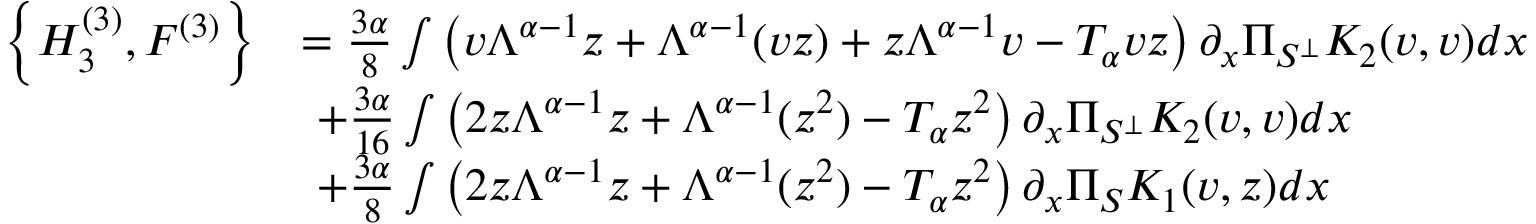
\begin{array} { r l } { \left\{ { H } _ { 3 } ^ { ( 3 ) } , F ^ { ( 3 ) } \right\} } & { = \frac { 3 \alpha } { 8 } \int \left( v \Lambda ^ { \alpha - 1 } z + \Lambda ^ { \alpha - 1 } ( v z ) + z \Lambda ^ { \alpha - 1 } v - T _ { \alpha } v z \right) \partial _ { x } \Pi _ { S ^ { \perp } } K _ { 2 } ( v , v ) d x } \\ & { \ + \frac { 3 \alpha } { 1 6 } \int \left( 2 z \Lambda ^ { \alpha - 1 } z + \Lambda ^ { \alpha - 1 } ( z ^ { 2 } ) - T _ { \alpha } z ^ { 2 } \right) \partial _ { x } \Pi _ { S ^ { \perp } } K _ { 2 } ( v , v ) d x } \\ & { \ + \frac { 3 \alpha } { 8 } \int \left( 2 z \Lambda ^ { \alpha - 1 } z + \Lambda ^ { \alpha - 1 } ( z ^ { 2 } ) - T _ { \alpha } z ^ { 2 } \right) \partial _ { x } \Pi _ { S } K _ { 1 } ( v , z ) d x } \end{array}